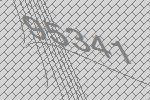
95341